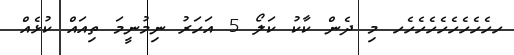
ހހެހެހެެހެހެހެހެހެހ މި ދެން ކާކު ކަލޯ 5 އަހަރު ނިމުނީމަ ތިއައް ކުޅެއް